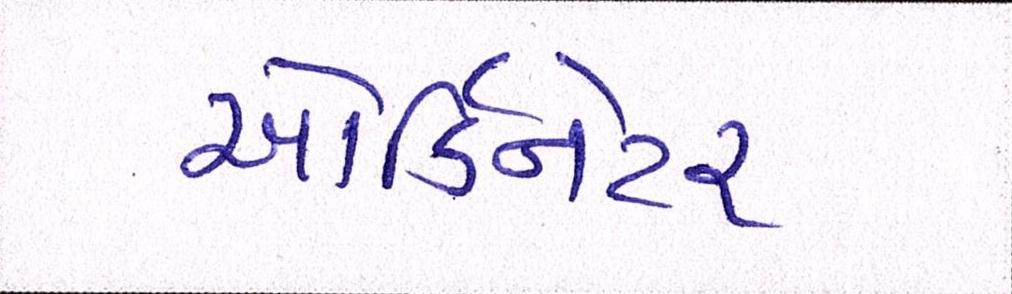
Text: ઓર્ડિનેટર